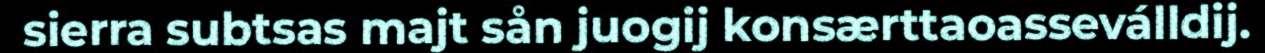
sierra subtsas majt sån juogij konsærttaoasseválldij.